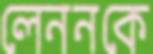
লেননকে